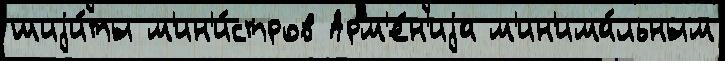
шиjи́ты м'ин'и́стров Арм'е́н'иjа м'ин'има́льным